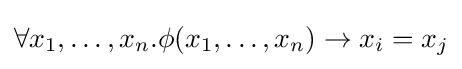
\forall x_{1},\ldots ,x_{n}.\phi (x_{1},\ldots ,x_{n})\rightarrow x_{i}=x_{j}